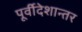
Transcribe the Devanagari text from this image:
पूर्वीदेशान्तर